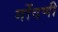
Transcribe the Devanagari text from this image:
गोंदणी